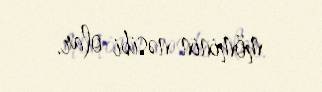
möminin nəsibi olar.